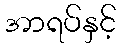
အာရပ်နှင့်